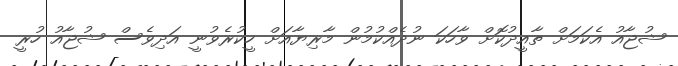
ޝުޖާއު އެކަމަށް ތާއީދުކޮށް ވާހަކަ ނުދެއްކުމުން މާރިޔާއަށް ހީކުރެވުނީ އަދިވެސް ޝުޖާއު ހުރީ